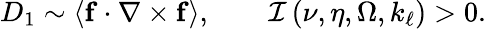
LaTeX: D_{1}\sim\left\langle\mathbf{f}\cdot\nabla\times\mathbf{f}\right\rangle,\qquad\mathcal{I}\left(\nu,\eta,\Omega,k_{\ell}\right)>0.